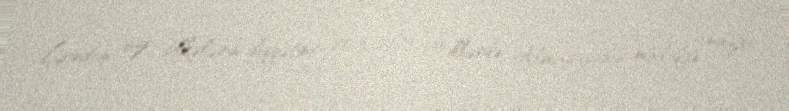
London üzv ölkələrin diqqətini 2013-2019-cu illərdə Almaniyanın müdafiə naziri